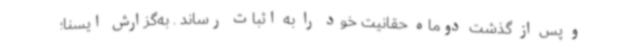
و پس از گذشت دوماه حقانیت خود را به اثبات رساند . به‌گزارش ایسنا؛